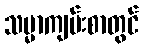
သမ္မာကျမ်းစာတွင်